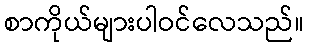
စာကိုယ်များပါဝင်လေသည်။